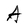
Character: A